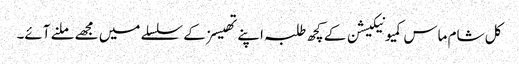
کل شام ماس کمیونیکیشن کے کچھ طلبہ اپنے تھیسز کے سلسلے میں مجھے ملنے آئے۔